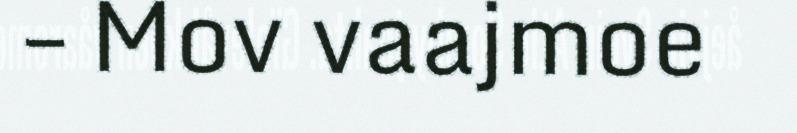
– Mov vaajmoe